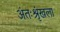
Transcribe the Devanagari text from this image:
अंतःश्रृंखला